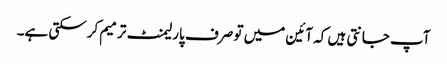
آپ جانتی ہیں کہ آئین میں تو صرف پارلیمنٹ ترمیم کرسکتی ہے۔